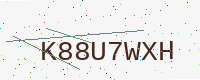
Text: K88U7WXH